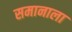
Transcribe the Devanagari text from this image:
समानाला